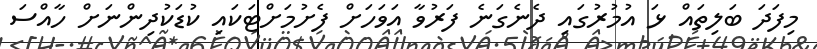
މިފަދަ ބަލިތައް ޅަ އުމުރުގައި ދެނެގަނެ ފަރުވާ އަވަހަށް ފެށުމަށްޓަކައި ކުޑަކުދިންނަށް ހާއްސަ